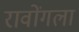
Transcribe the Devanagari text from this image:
रावोंगला